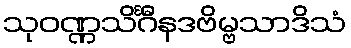
သုဝဏ္ဏသိင်္ဂီနဒဗိမ္ဗသာဒိသံ